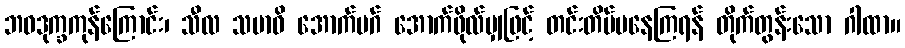
ဘဝဒုက္ခကုန်ကြောင်း၊ သီလ သမာဓိ အောက်မဂ် အောက်ဖိုလ်မျှဖြင့် တင်းတိမ်မနေကြရန် တိုက်တွန်းသော ဂါထာ။